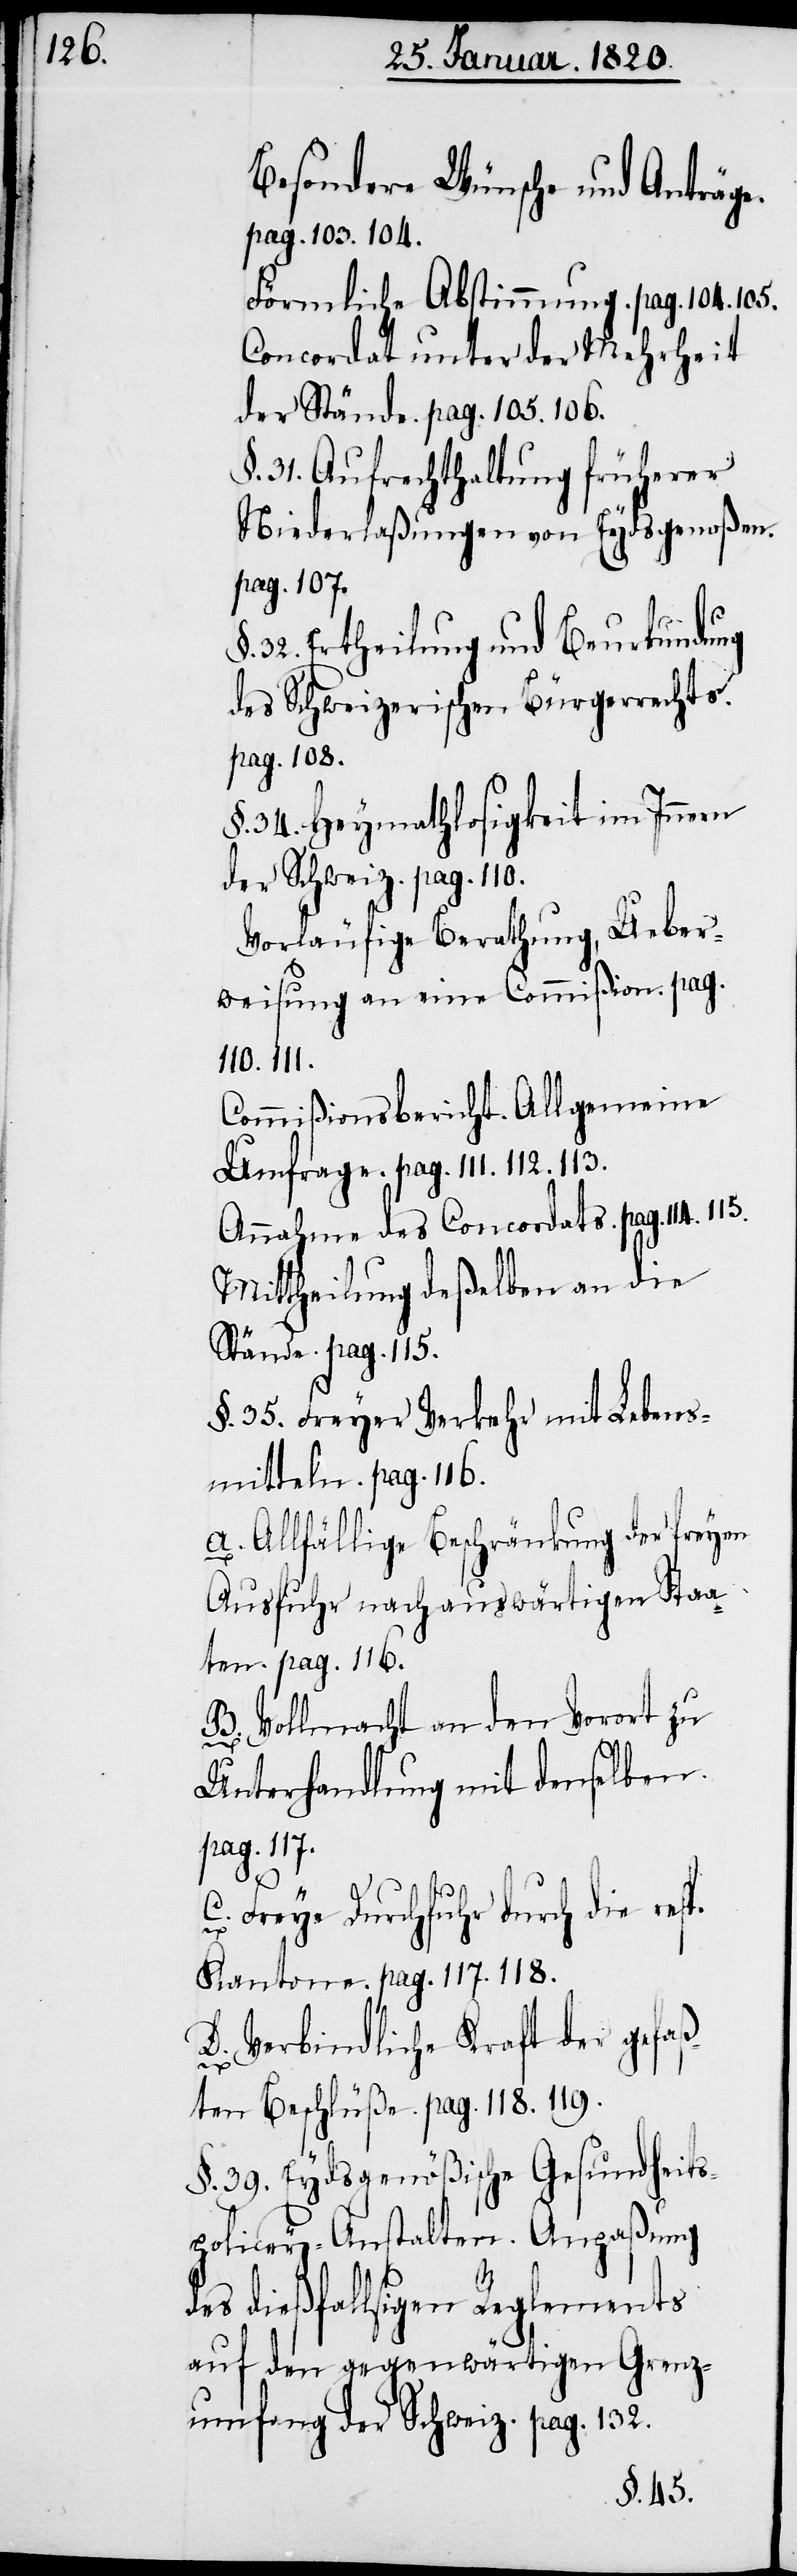
Besondere Wünsche und Anträge.
pag. 103. 104.
Förmliche Abstimmung. pag. 104. 105.
Concordat unter der Mehrheit
der Stände. pag 105. 106.
§. 31. Aufrechthaltung früherer
Niederlaßungen von Eydsgenoßen.
pag. 107.
32. Ertheilung und Beurkundung
des Schweizerischen Bürgerrechts.
pag. 108.
§. 34. Heymathlosigkeit im Innern
der Schweiz. pag. 110.
Vorläufige Berathung, Ueber¬
weisung an eine Commißion. pag.
110. 111.
Commißionsbericht. Allgemeine
Umfrage. pag. 111. 112. 113.
Annahme des Concordats. pag. 114.
Mittheilung deßelben an die
Stände. pag. 115.
§. 35. Freyer Verkehr mit Lebens¬
mitteln. pag. 116.
A. Allfällige Beschränkung der freyen
Ausfuhr nach auswärtigen Staa¬
ten. pag. 116.
B. Vollmacht an den Vorort zu
Unterhandlung mit denselben.
pag. 117.
C. Freye Durchfuhr durch die resp.
Kantone. pag. 117. 118.
D. Verbindliche Kraft der gefaß¬
ten Beschlüße. pag. 118. 119.
§. 39. Eydsgenößische Gesundheits¬
policey-Anstalten. Anpaßung
des dießfallsigen Reglements
auf den gegenwärtigen Grenz¬
umfang der Schweiz. pag. 132.